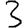
Digit: 3